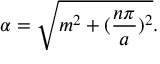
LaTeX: \alpha = \sqrt { m ^ { 2 } + ( \frac { n \pi } { a } ) ^ { 2 } } .